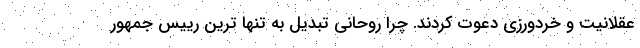
عقلانیت و خردورزی دعوت کردند. چرا روحانی تبدیل به تنها ترین رییس جمهور